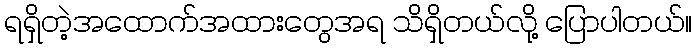
ရရှိတဲ့အထောက်အထားတွေအရ သိရှိတယ်လို့ ပြောပါတယ်။